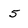
Character: 5